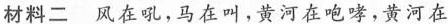
材料二风在吼，马在叫，黄河在